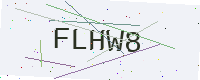
Text: FLHW8